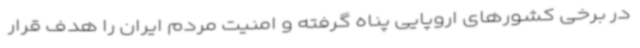
در برخی کشورهای اروپایی پناه گرفته و امنیت مردم ایران را هدف قرار